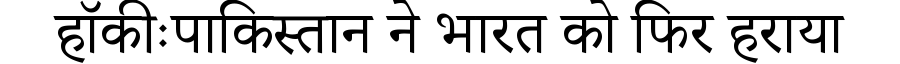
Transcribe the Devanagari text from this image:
हॉकीःपाकिस्तान ने भारत को फिर हराया